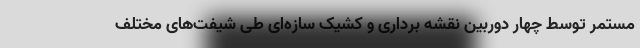
مستمر توسط چهار دوربین نقشه برداری و کشیک سازه‌ای طی شیفت‌های مختلف